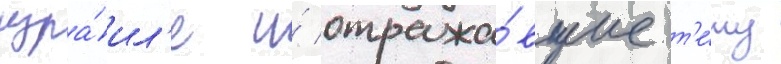
изра́ил'е и́ отража́вшие т'е́му